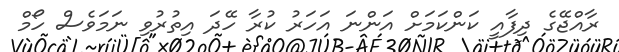
ރާއްޖޭގެ ދިފާއީ ކަންކަމަށް އަންނަ އަހަރު ކުރާ ހޭދަ އިތުރުވި ނަމަވެސް ހޯމް